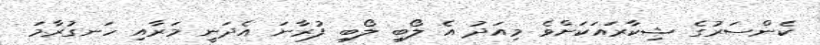
ކެންސަރުގެ ޝިކާރައަކަށްވެ މިއަދު އެ ލޯބި ލޯބި ފުރާނަ އެދަނީ މަރާއި ހަނގުރާމަ